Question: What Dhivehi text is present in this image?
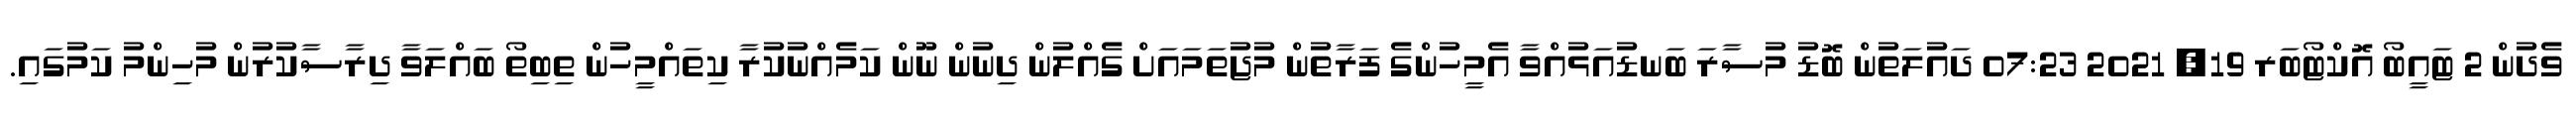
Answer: ވެދުން 2 ޓައީބޯ އޮކްޓޯބަރ 19, 2021 07:23 ދައުލަތުން ބޮޑު މުސާރަ ބަނޑުއަޅުއްވާ އެމީހުންގެ ފަރާތުން މުޖުތަމައަށް ގެއްލުން ދިނުން ނޫން ކަމެއްނުކުރާ ކިތައްމީހުން ތިބިތޯ ބައްލަވާ ދިރާސާކުރުން މުހިންމު ކަމުގައި.